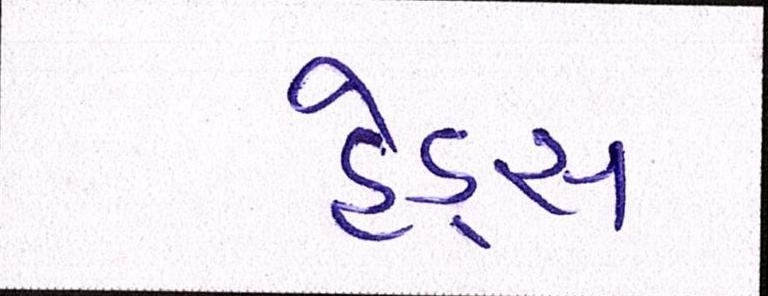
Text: હેડ્સ